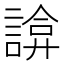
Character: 𧩸